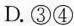
重要组成部分②为各种所有制经济公平地参与市